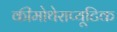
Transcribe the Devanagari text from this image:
कीमोथेराप्यूटिक